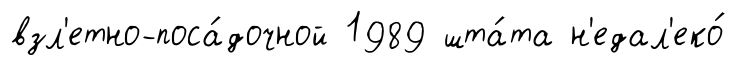
взл'етно-поса́дочной 1989 шта́та н'едал'еко́